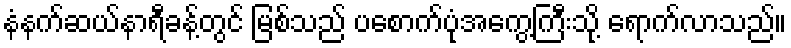
နံနက်ဆယ်နာရီခန့်တွင် မြစ်သည် ပစောက်ပုံအကွေ့ကြီးသို့ ရောက်လာသည်။